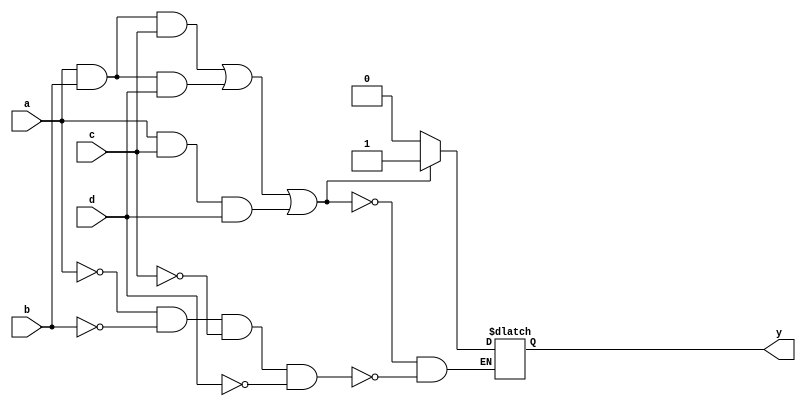
module th44w2_ref (y,a,b,c,d);
 output y;
 input a;
 input b;
 input c;
 input d;
 reg yi;
  always @(a or b or c or d) begin
   if (((a&b&c) | (a&b&d) | (a&c&d))) 
    begin
      yi <=  1;
    end
    else if (((a==0) & (b==0) & (c==0) & (d==0))) 
    begin
      yi <=  0;
    end
   end
  assign #1 y = yi; 
endmodule